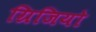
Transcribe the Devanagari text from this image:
ग्रिजियो